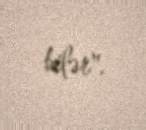
bilər".